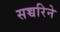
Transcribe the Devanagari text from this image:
सच्चरिने